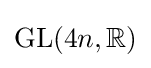
\operatorname {GL} (4n,\mathbb {R} )